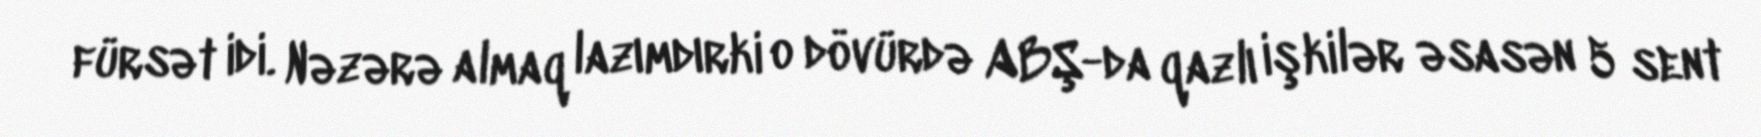
fürsət idi. Nəzərə almaq lazımdırki o dövürdə ABŞ-da qazlı işkilər əsasən 5 sent